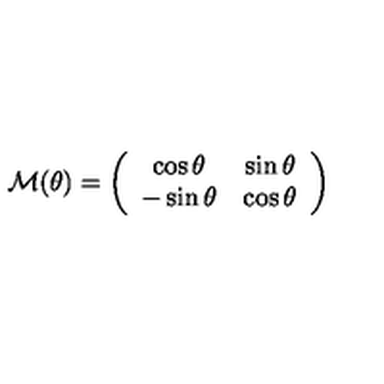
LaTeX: { \cal M } ( \theta ) = \left( \begin{array} { c c } { \cos \theta } & { \sin \theta } \\ { - \sin \theta } & { \cos \theta } \\ \end{array} \right)